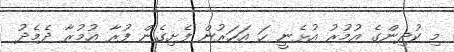
މި ކުދިންގެ އުމުރު އުޅެނީ ހަ އަހަރުން ފެށިގެން ފުރާ އުމުރާ ދެމެދު